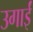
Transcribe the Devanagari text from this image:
उगाईं